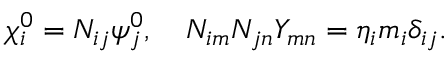
\chi _ { i } ^ { 0 } = N _ { i j } \psi _ { j } ^ { 0 } , \quad N _ { i m } N _ { j n } Y _ { m n } = \eta _ { i } m _ { i } \delta _ { i j } .